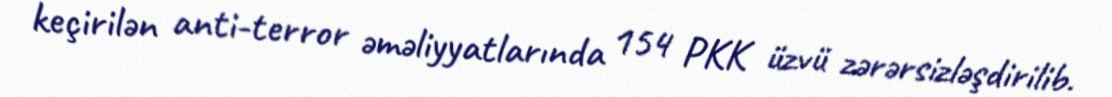
keçirilən anti-terror əməliyyatlarında 154 PKK üzvü zərərsizləşdirilib.